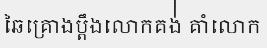
ឆៃគ្រោងប្តឹងលោកគង់់់់់់់ គាំលោក